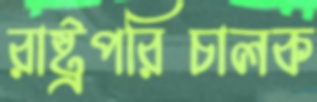
রাষ্ট্রপরিচালক